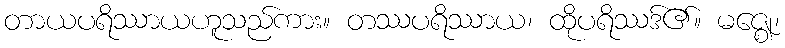
တာယပရိဿာယဟူသည်ကား။ တဿပရိဿာယ၊ ထိုပရိဿဒ်၏။ မဇ္ဈေ၊